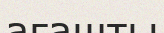
ағашты